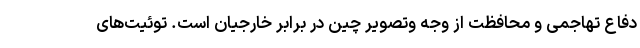
دفاع تهاجمی و محافظت از وجه وتصویر چین در برابر خارجیان است. توئیت‌های